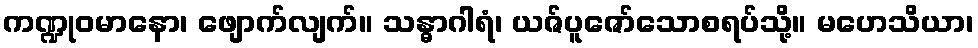
ကဏ္ဍုဝမာနော၊ ဖျောက်လျက်။ သန္ဓာဂါရံ၊ ယဇ်ပူဇော်သောစရပ်သို့။ မဟေသိယာ၊